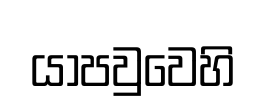
යාපවුවෙහි